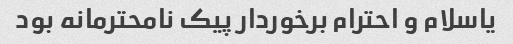
یاسلام و احترام برخوردار پیک نامحترمانه بود